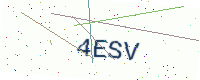
Text: 4ESV